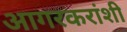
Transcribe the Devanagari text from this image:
आगरकरांशी